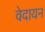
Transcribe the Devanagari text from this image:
वेदायन